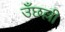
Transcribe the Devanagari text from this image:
उँछल्ली